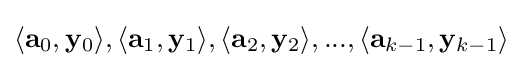
\langle \mathbf {a} _{0},\mathbf {y} _{0}\rangle ,\langle \mathbf {a} _{1},\mathbf {y} _{1}\rangle ,\langle \mathbf {a} _{2},\mathbf {y} _{2}\rangle ,...,\langle \mathbf {a} _{k-1},\mathbf {y} _{k-1}\rangle